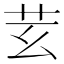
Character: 𦬜